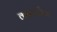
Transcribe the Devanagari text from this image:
कनवर्जेन्स